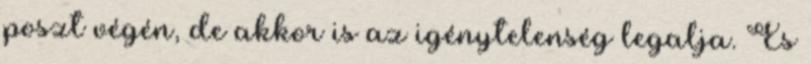
poszt végén, de akkor is az igénytelenség legalja. És